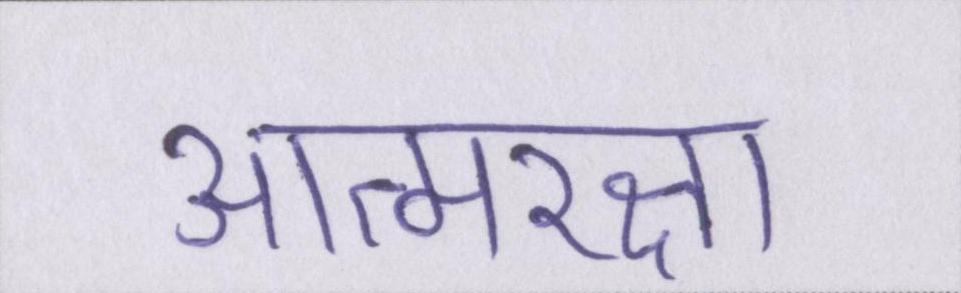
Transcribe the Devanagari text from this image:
आत्मरक्षा